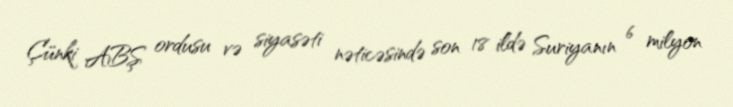
Çünki ABŞ ordusu və siyasəti nəticəsində son 18 ildə Suriyanın 6 milyon